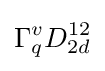
\Gamma _{q}^{v}D_{2d}^{12}